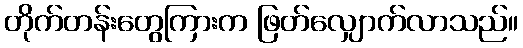
တိုက်တန်းတွေကြားက ဖြတ်လျှောက်လာသည်။